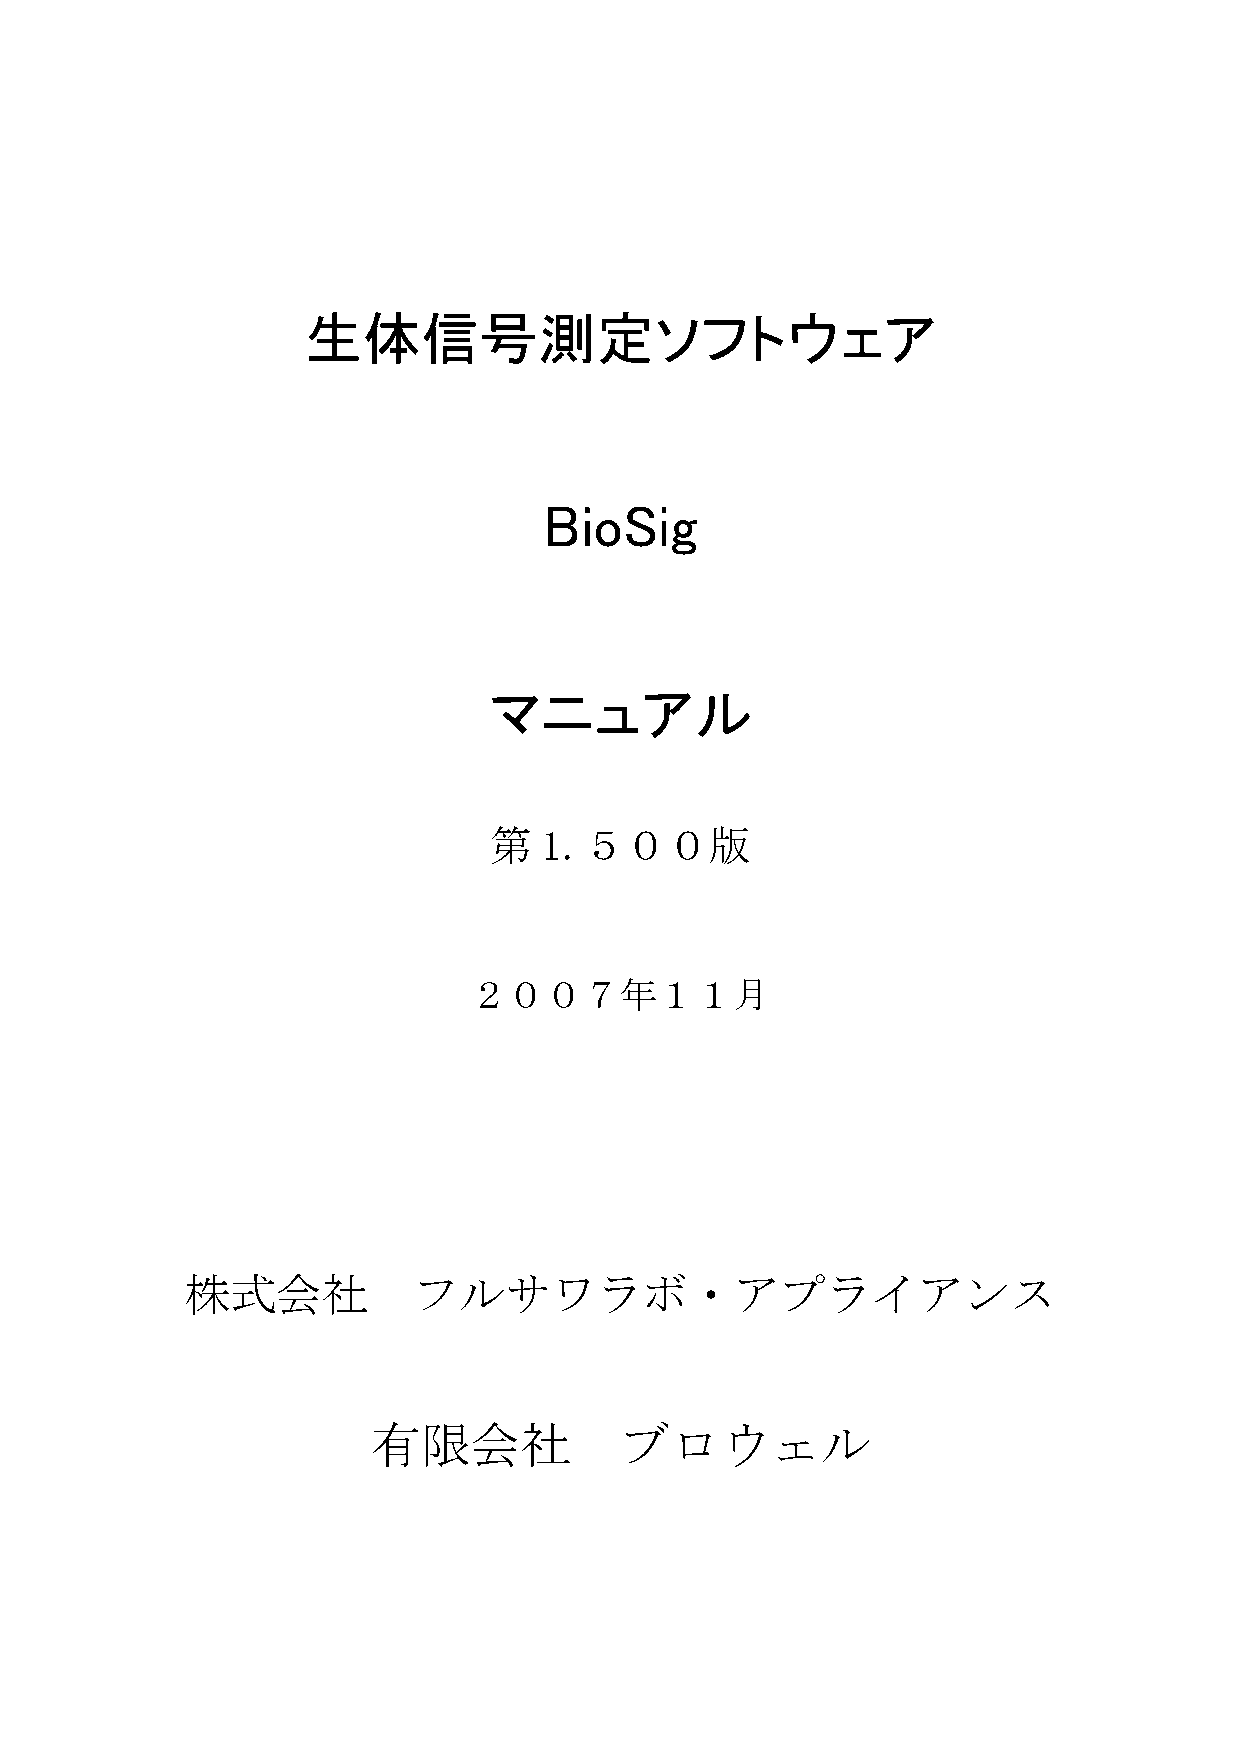
生体信号測定ソフトウェア
 BioSig
 マニュアル
 第   1.５００版
 ２００７年１１月
 株式会社           フルサワラボ・アプライアンス
 有限会社            ブロウェル